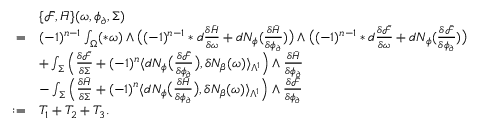
\begin{array} { r l } & { \{ \bar { \mathcal { F } } , \bar { H } \} ( \omega , \phi _ { \partial } , \Sigma ) } \\ { = } & { ( - 1 ) ^ { n - 1 } \int _ { \Omega } ( \ast \omega ) \wedge \big ( ( - 1 ) ^ { n - 1 } \ast d \frac { \delta \bar { H } } { \delta \omega } + d N _ { \phi } ( \frac { \delta \bar { H } } { \delta \phi _ { \partial } } ) \big ) \wedge \big ( ( - 1 ) ^ { n - 1 } \ast d \frac { \delta \bar { \mathcal { F } } } { \delta \omega } + d N _ { \phi } ( \frac { \delta \bar { \mathcal { F } } } { \delta \phi _ { \partial } } ) \big ) } \\ & { + \int _ { \Sigma } \Big ( \frac { \delta \bar { \mathcal { F } } } { \delta \Sigma } + ( - 1 ) ^ { n } \langle d N _ { \phi } \big ( \frac { \delta \bar { \mathcal { F } } } { \delta \phi _ { \partial } } \big ) , \delta N _ { \beta } ( \omega ) \rangle _ { \Lambda ^ { 1 } } \Big ) \wedge \frac { \delta \bar { H } } { \delta \phi _ { \partial } } } \\ & { - \int _ { \Sigma } \Big ( \frac { \delta \bar { H } } { \delta \Sigma } + ( - 1 ) ^ { n } \langle d N _ { \phi } \big ( \frac { \delta \bar { H } } { \delta \phi _ { \partial } } \big ) , \delta N _ { \beta } ( \omega ) \rangle _ { \Lambda ^ { 1 } } \Big ) \wedge \frac { \delta \bar { \mathcal { F } } } { \delta \phi _ { \partial } } } \\ { : = } & { T _ { 1 } + T _ { 2 } + T _ { 3 } . } \end{array}